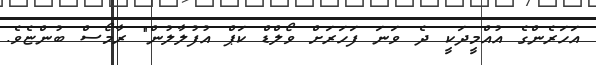
އަހަރެންގެ އުއްމީދަކީ ދެ ވަނަ ފަހަރަށް ވޯލްޑް ކަޕް އުފުލާލުން" ރާމޯސް ބުންޏެވެ.